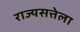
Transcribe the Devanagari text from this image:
राज्यसत्तेला